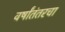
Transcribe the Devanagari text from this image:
वर्षांतंतरचा